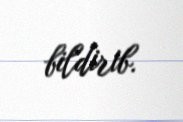
bildirib.